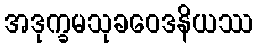
အဒုက္ခမသုခဝေဒနိယဿ